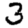
Digit: 3